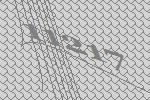
11217